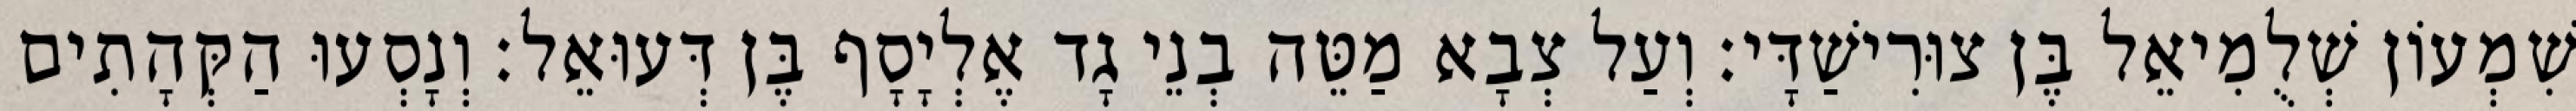
שִׁמְעוֹן שְׁלֻמִיאֵל בֶּן צוּרִישַׁדָּי׃ וְעַל צְבָא מַטֵּה בְנֵי גָד אֶלְיָסָף בֶּן דְּעוּאֵל׃ וְנָסְעוּ הַקְּהָתִים